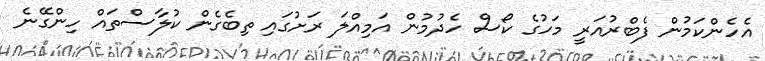
އެހެންކަމުން ފެބްރުއަރީ މަހުގެ ކޯސް ހެދުމުން އަމިއްލަ ރަށުގައި ތިބެގެން ކުލާސްތައް ހިންގޭނެ